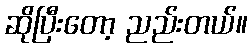
ဆိုပြီးတော့ ညည်းတယ်။